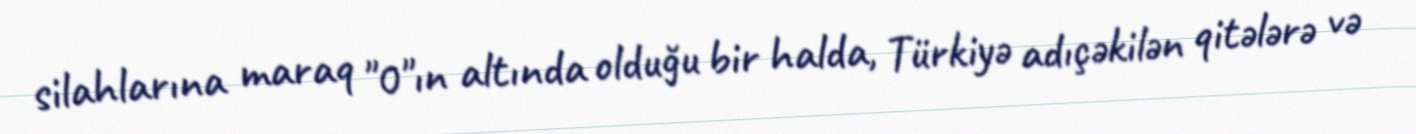
silahlarına maraq "0"ın altında olduğu bir halda, Türkiyə adıçəkilən qitələrə və